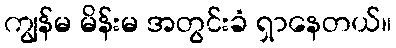
ကျွန်မ မိန်းမ အတွင်းခံ ရှာနေတယ်။